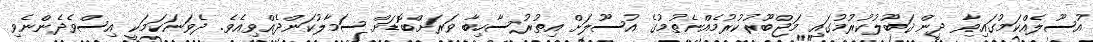
އުސޫލެއްކަމުގައިވާ ދީން ޤަބޫލުކުރުމުގައި މަޖްބޫރުކުރުމެއްނެތުމުގެ އުސޫލަށް އިތުރުސާހިބާ ވަރަށްބޮޑަށް ސަމާލުކަންދެއްވިއެވެ. ދެވަނަކަމަކީ އިސްވެދެންނެވި